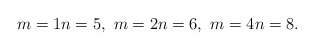
\begin{align*}m = 1 n = 5, \, \, m = 2 n = 6, \, \, m = 4 n = 8.\end{align*}